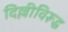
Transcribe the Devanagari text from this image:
दिल्लीविरूद्ध